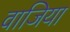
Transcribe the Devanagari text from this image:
वाजिया